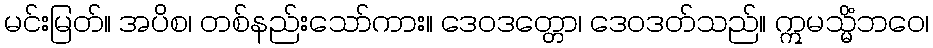
မင်းမြတ်။ အပိစ၊ တစ်နည်းသော်ကား။ ဒေဝဒတ္တော၊ ဒေဝဒတ်သည်။ ဣမသ္မိံဘဝေ၊